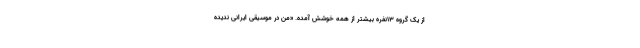
از یک گروه 13نفره بیشتر از همه خوشش آمده. «من در موسیقی ایرانی ندیده